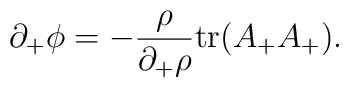
\partial_+ \phi = - {\rho\over \partial_+ \rho} {\rm tr} (A_+ A_+).